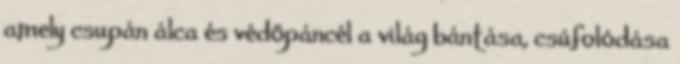
amely csupán álca és védőpáncél a világ bántása, csúfolódása